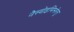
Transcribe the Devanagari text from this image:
नैस्वोइमिस्तेलु